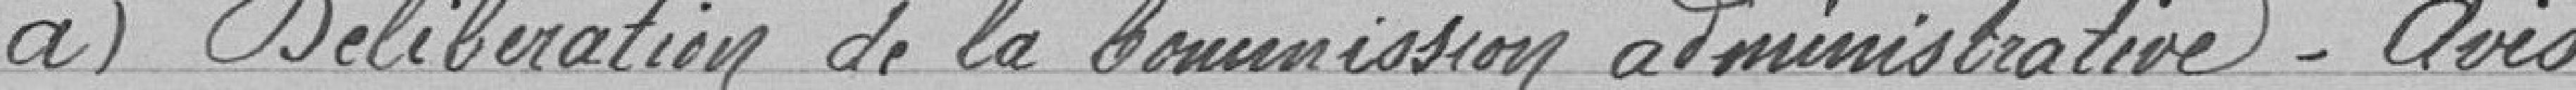
a) Délibération de la Commission Administrative - Avis